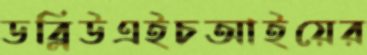
ডব্লিউএইচআইয়ের